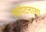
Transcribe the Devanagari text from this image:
चिपिटनासा